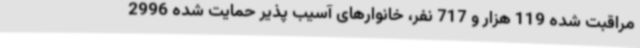
مراقبت شده 119 هزار و 717 نفر، خانوارهای آسیب پذیر حمایت شده 2996